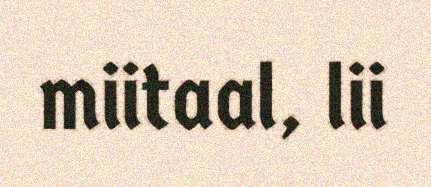
miitaal, lii